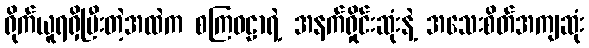
ရိုက်ယူရရှိပြီးတဲ့အထဲက စကြဝဠာရဲ့ အနက်ရှိုင်းဆုံးနဲ့ အသေးစိတ်အကျဆုံး